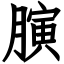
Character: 𦟘